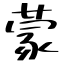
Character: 蒙